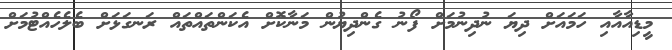
މީޑިއާއާއި ހަމައަށް ދިޔަ ނުދިނުމަށް ފޯނު ގެންދިޔުން މަނާކޮށް އެކަންތައްތައް ރަނގަޅަށް ބެލެހެއްޓުމަށް